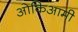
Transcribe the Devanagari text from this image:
ओकिआमी